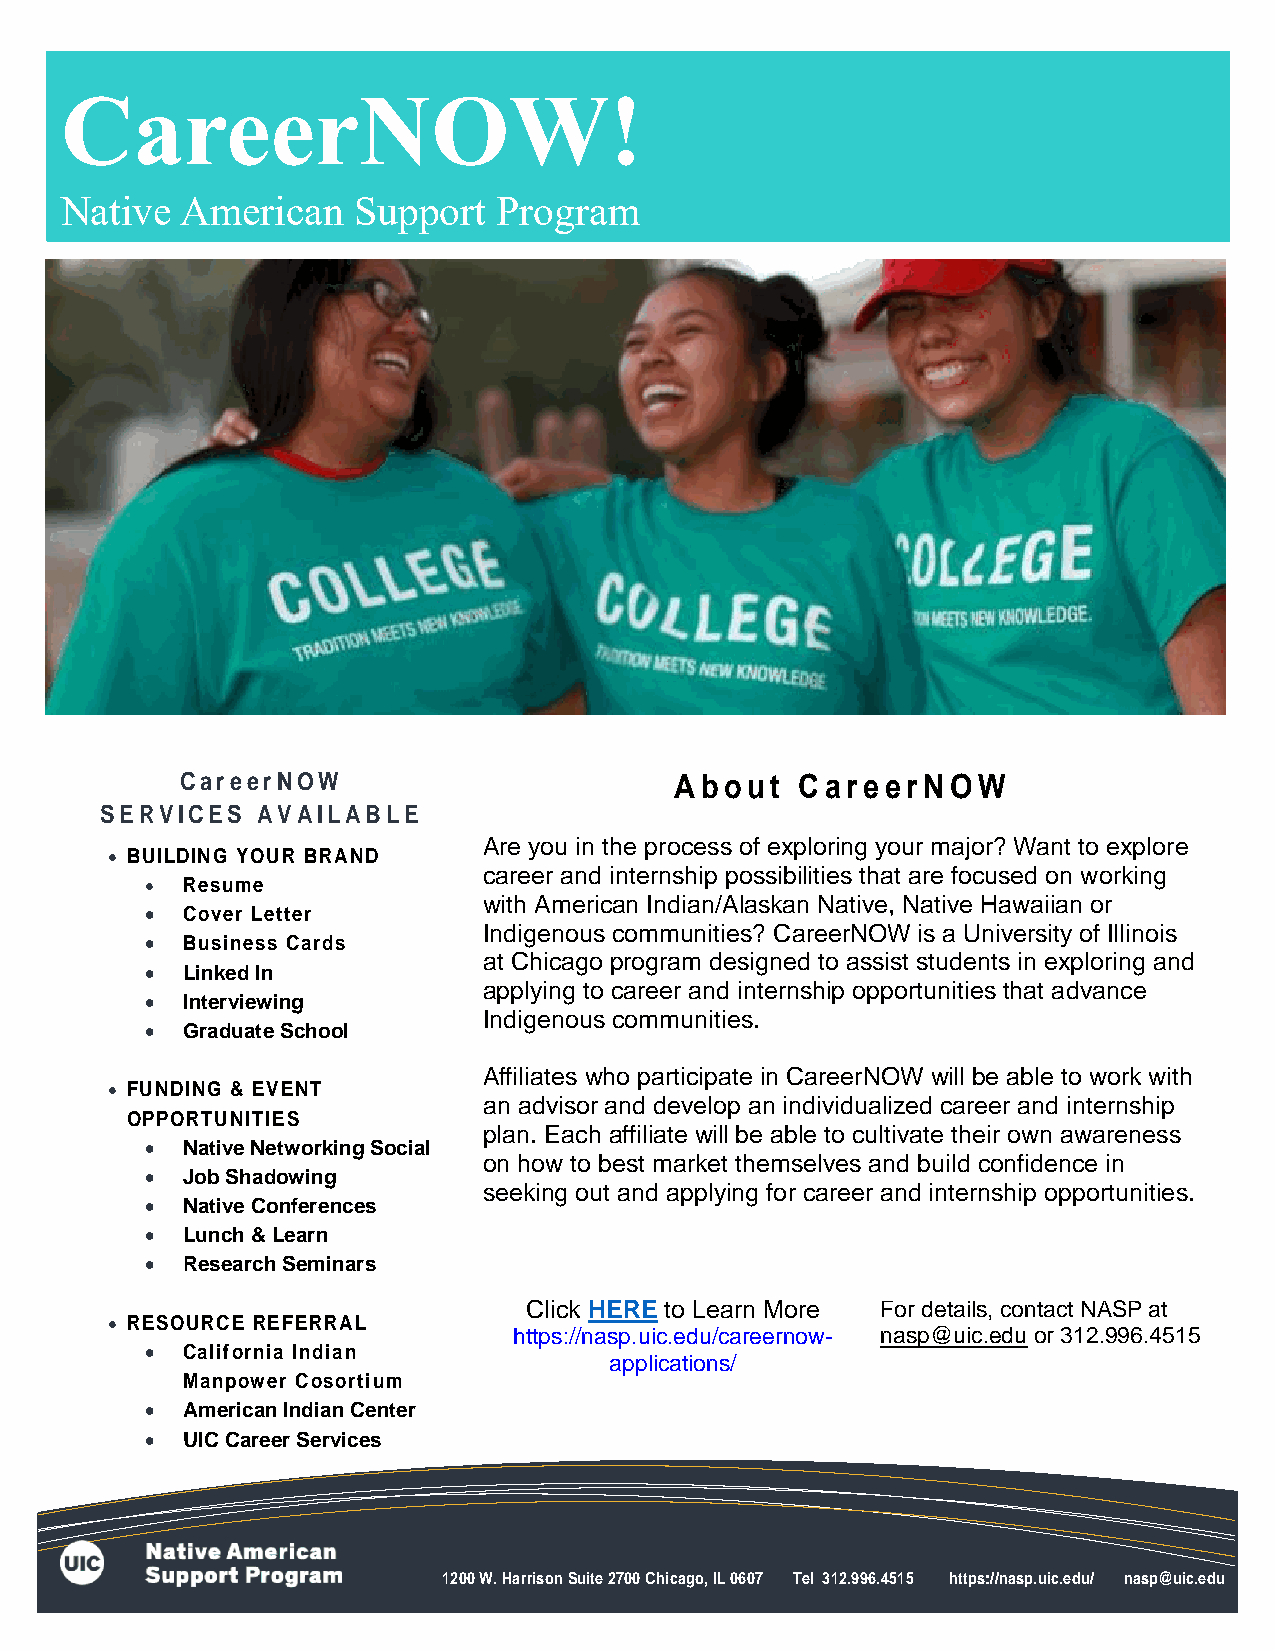
CareerNOW!
 Native  American    Support  Program
 CareerNOW                        About   CareerNOW
 SERVICES  AVAILABLE
 Are you in the process of exploring your major? Want to explore
 • BUILDING YOUR BRAND
 career and internship possibilities that are focused on working
 • Resume
 with American Indian/Alaskan Native, Native Hawaiian or
 • Cover Letter
 Indigenous communities? CareerNOW is a University of Illinois
 • Business Cards
 at Chicago program designed to assist students in exploring and
 • Linked In
 applying to career and internship opportunities that advance
 • Interviewing
 Indigenous communities.
 • Graduate School
 Affiliates who participate in CareerNOW will be able to work with
 • FUNDING & EVENT
 an advisor and develop an individualized career and internship
 OPPORTUNITIES
 plan. Each affiliate will be able to cultivate their own awareness
 • Native Networking Social
 on how to best market themselves and build confidence in
 • Job Shadowing
 seeking out and applying for career and internship opportunities.
 • Native Conferences
 • Lunch & Learn
 • Research Seminars
 Click HERE to Learn More For details, contact NASP at
 • RESOURCE REFERRAL
 https://nasp.uic.edu/careernow- nasp@uic.edu or 312.996.4515
 • California Indian
 applications/
 Manpower Cosortium
 • American Indian Center
 • UIC Career Services
 1200 W. Harrison Suite 2700 Chicago, IL 0607 Tel 312.996.4515 https://nasp.uic.edu/ nasp@uic.edu